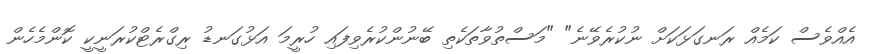
އެއްވެސް ކަމެއް ރަނގަޅަކަށް ނުކުރެވޭނެ" "މަސްތުވާތަކެތި ބޭނުންކުރެވިފައި ހުރީމަ އަޅުގަނޑު ރިގްރެޓްކުރަނީކީ ކޮންމެހެން